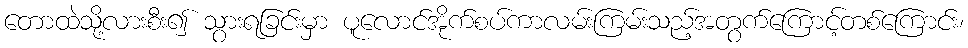
တောထဲသို့လားစီး၍ သွားရခြင်းမှာ ပူလောင်အိုက်စပ်ကာလမ်းကြမ်းသည့်အတွက်ကြောင့်တစ်ကြောင်း၊